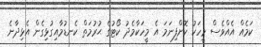
ކަމެއް އެއްވެސް މީހަކު ކޮށްފިނަމަ އެ މީހަކާމެދު ކޯޓުގެ ޙުރުމަތް ކެނޑުމާއިގުޅިގެން އެޅިދާނެ